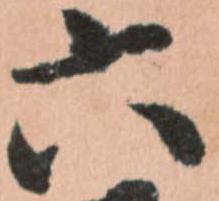
六